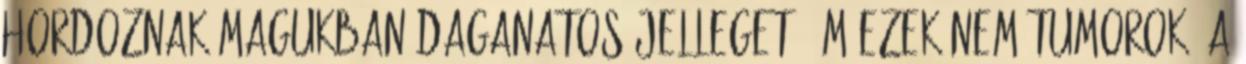
hordoznak magukban daganatos jelleget, ám ezek nem tumorok. A